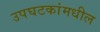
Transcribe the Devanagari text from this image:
उपघटकांमधील